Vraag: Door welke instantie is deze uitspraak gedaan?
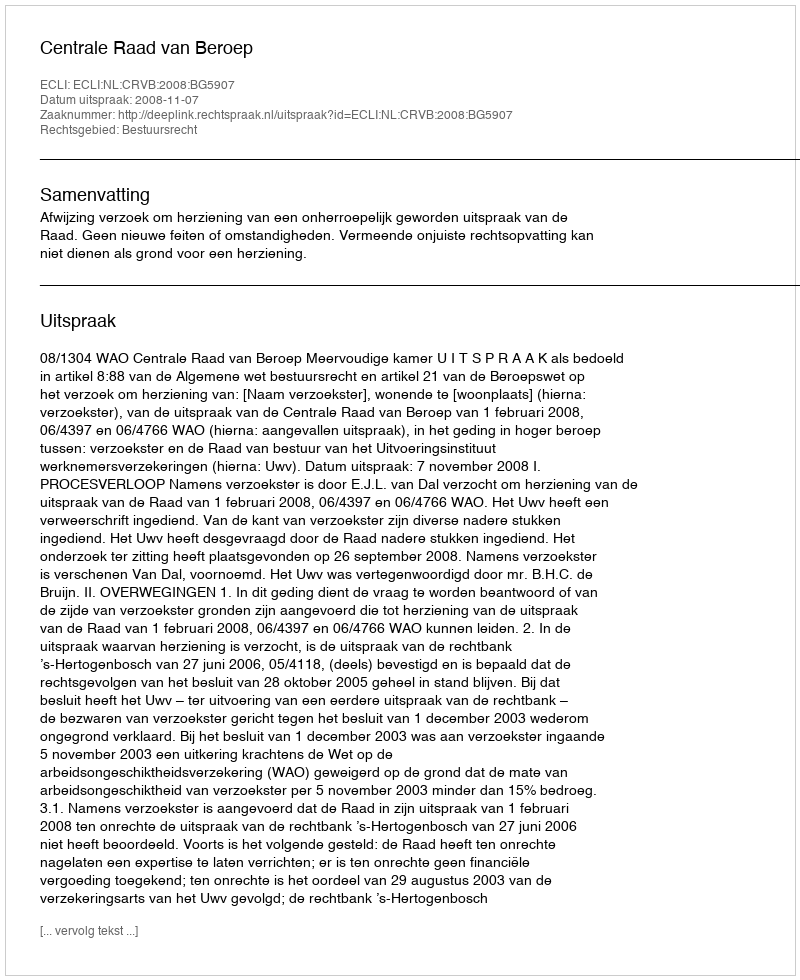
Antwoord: Centrale Raad van Beroep